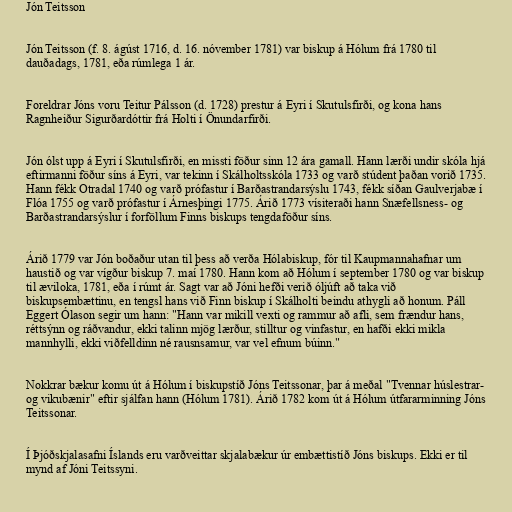
Jón Teitsson

Jón Teitsson (f. 8. ágúst 1716, d. 16. nóvember 1781) var biskup á Hólum frá 1780 til
dauðadags, 1781, eða rúmlega 1 ár.

Foreldrar Jóns voru Teitur Pálsson (d. 1728) prestur á Eyri í Skutulsfirði, og kona hans
Ragnheiður Sigurðardóttir frá Holti í Önundarfirði.

Jón ólst upp á Eyri í Skutulsfirði, en missti föður sinn 12 ára gamall. Hann lærði undir skóla hjá
eftirmanni föður síns á Eyri, var tekinn í Skálholtsskóla 1733 og varð stúdent þaðan vorið 1735.
Hann fékk Otradal 1740 og varð prófastur í Barðastrandarsýslu 1743, fékk síðan Gaulverjabæ í
Flóa 1755 og varð prófastur í Árnesþingi 1775. Árið 1773 vísiteraði hann Snæfellsness- og
Barðastrandarsýslur í forföllum Finns biskups tengdaföður síns.

Árið 1779 var Jón boðaður utan til þess að verða Hólabiskup, fór til Kaupmannahafnar um
haustið og var vígður biskup 7. maí 1780. Hann kom að Hólum í september 1780 og var biskup
til æviloka, 1781, eða í rúmt ár. Sagt var að Jóni hefði verið óljúft að taka við
biskupsembættinu, en tengsl hans við Finn biskup í Skálholti beindu athygli að honum. Páll
Eggert Ólason segir um hann: "Hann var mikill vexti og rammur að afli, sem frændur hans,
réttsýnn og ráðvandur, ekki talinn mjög lærður, stilltur og vinfastur, en hafði ekki mikla
mannhylli, ekki viðfelldinn né rausnsamur, var vel efnum búinn."

Nokkrar bækur komu út á Hólum í biskupstíð Jóns Teitssonar, þar á meðal "Tvennar húslestrar-
og vikubænir" eftir sjálfan hann (Hólum 1781). Árið 1782 kom út á Hólum útfararminning Jóns
Teitssonar.

Í Þjóðskjalasafni Íslands eru varðveittar skjalabækur úr embættistíð Jóns biskups. Ekki er til
mynd af Jóni Teitssyni.